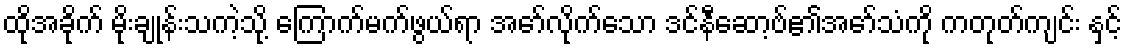
ထိုအခိုက် မိုးချုန်းသကဲ့သို့ ကြောက်မက်ဖွယ်ရာ အော်လိုက်သော ဒင်နီဆော့ဗ်၏အော်သံကို ကတုတ်ကျင်း နှင့်